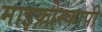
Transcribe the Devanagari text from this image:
माइक्रोस्कापी